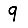
Digit: 9